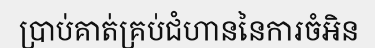
ប្រាប់គាត់គ្រប់ជំហាននៃការចំអិន